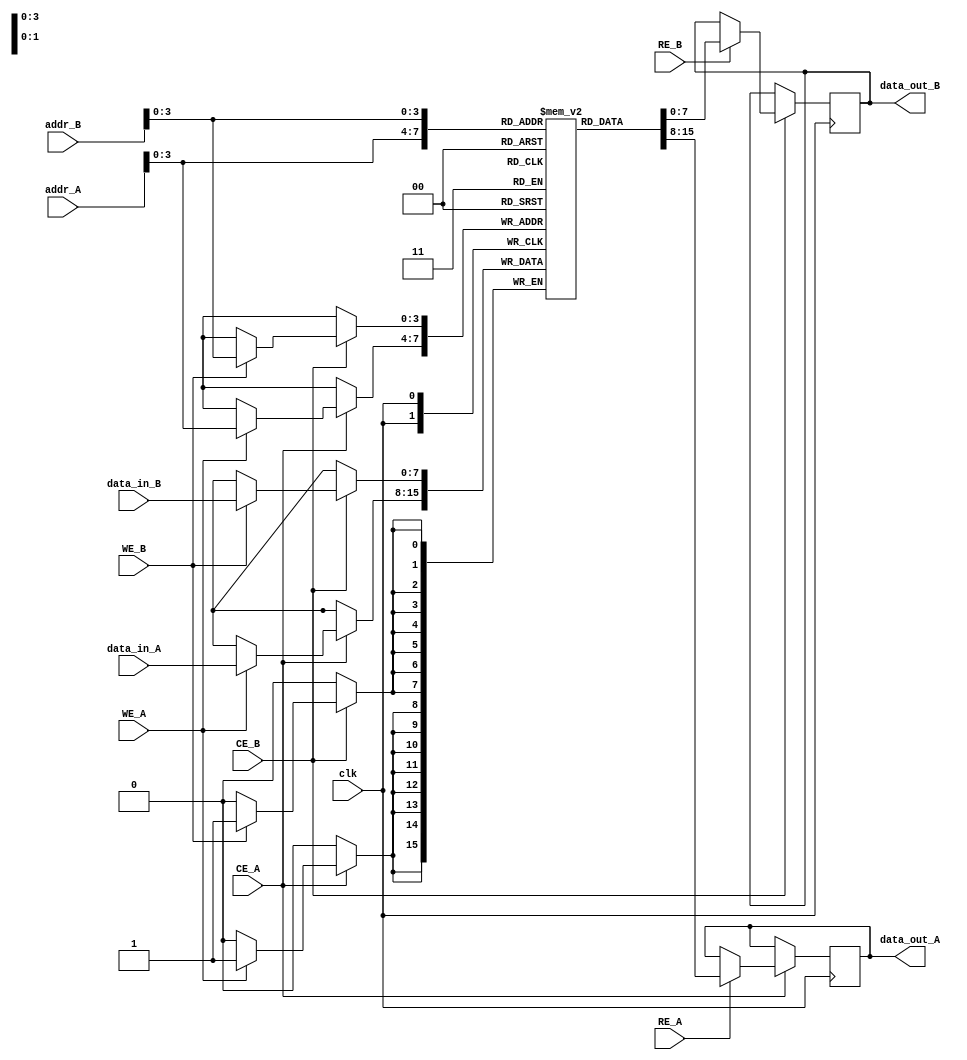
module dual_port_sram #(
    parameter N = 16, // Number of rows
    parameter M = 8    // Number of columns (bits per word)
)(
    input wire clk,
    input wire CE_A, // Chip Enable for Port A
    input wire WE_A, // Write Enable for Port A
    input wire RE_A, // Read Enable for Port A
    input wire [N-1:0] addr_A, // Address for Port A
    input wire [M-1:0] data_in_A, // Data input for Port A
    output reg [M-1:0] data_out_A, // Data output for Port A

    input wire CE_B, // Chip Enable for Port B
    input wire WE_B, // Write Enable for Port B
    input wire RE_B, // Read Enable for Port B
    input wire [N-1:0] addr_B, // Address for Port B
    input wire [M-1:0] data_in_B, // Data input for Port B
    output reg [M-1:0] data_out_B // Data output for Port B
);

    // Memory cell array
    reg [M-1:0] memory [0:N-1]; // Declare memory array

    // Port A operations
    always @(posedge clk) begin
        if (CE_A) begin
            if (WE_A) begin
                memory[addr_A] <= data_in_A; // Write operation
            end
            if (RE_A) begin
                data_out_A <= memory[addr_A]; // Read operation
            end
        end
    end

    // Port B operations
    always @(posedge clk) begin
        if (CE_B) begin
            if (WE_B) begin
                memory[addr_B] <= data_in_B; // Write operation
            end
            if (RE_B) begin
                data_out_B <= memory[addr_B]; // Read operation
            end
        end
    end

endmodule